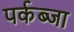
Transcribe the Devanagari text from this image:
पर्कब्जा